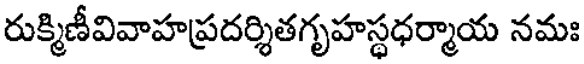
రుక్మిణీవివాహప్రదర్శితగృహస్థధర్మాయ నమః